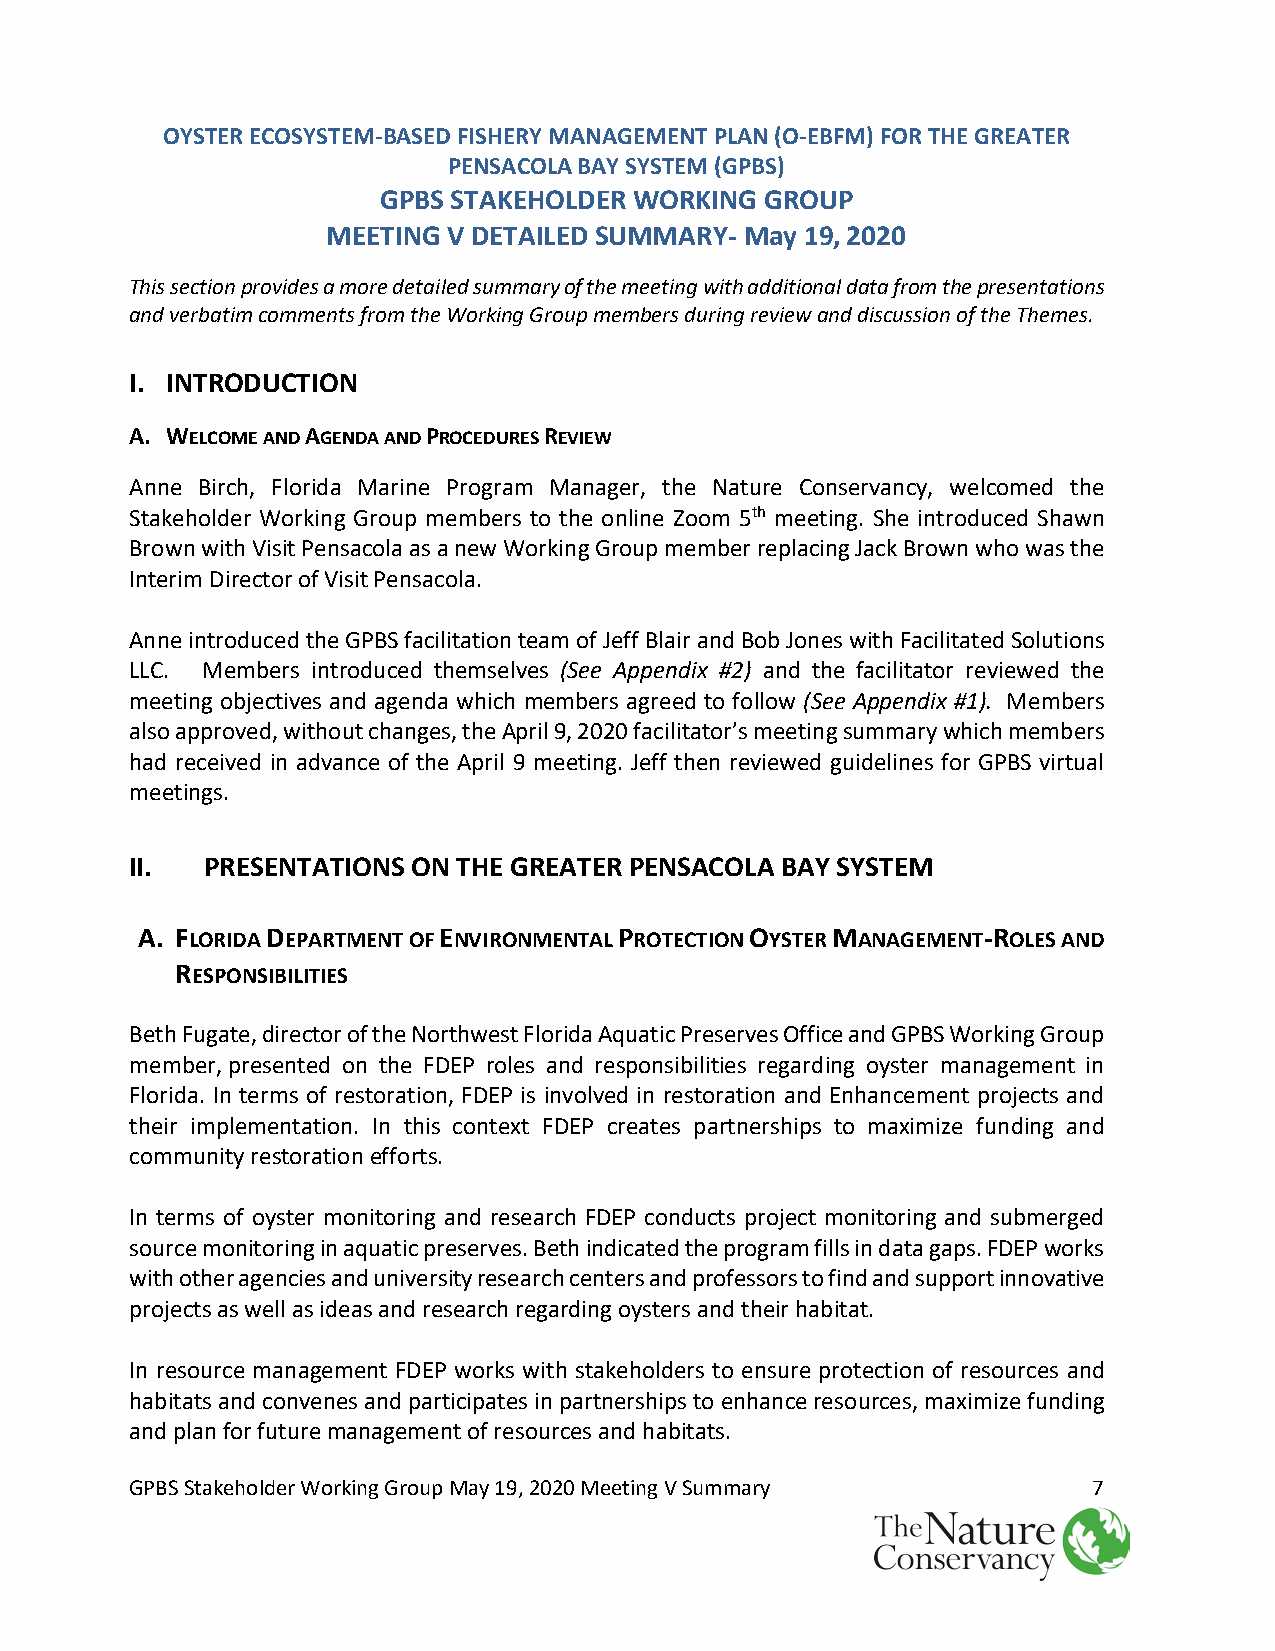
OYSTER ECOSYSTEM-BASED FISHERY MANAGEMENT PLAN (O-EBFM) FOR THE GREATER
 PENSACOLA BAY SYSTEM (GPBS)
 GPBS STAKEHOLDER WORKING  GROUP
 MEETING V DETAILED SUMMARY- May 19, 2020
 This section provides a more detailed summary of the meeting with additional data from the presentations
 and verbatim comments from the Working Group members during review and discussion of the Themes.
 I. INTRODUCTION
 A. WELCOME AND AGENDA AND PROCEDURES REVIEW
 Anne Birch, Florida Marine Program Manager, the Nature Conservancy, welcomed the
 Stakeholder Working Group members to the online Zoom 5th meeting. She introduced Shawn
 Brown with Visit Pensacola as a new Working Group member replacing Jack Brown who was the
 Interim Director of Visit Pensacola.
 Anne introduced the GPBS facilitation team of Jeff Blair and Bob Jones with Facilitated Solutions
 LLC. Members introduced themselves (See Appendix #2) and the facilitator reviewed the
 meeting objectives and agenda which members agreed to follow (See Appendix #1). Members
 also approved, without changes, the April 9, 2020 facilitator’s meeting summary which members
 had received in advance of the April 9 meeting. Jeff then reviewed guidelines for GPBS virtual
 meetings.
 II.  PRESENTATIONS ON THE GREATER PENSACOLA BAY SYSTEM
 A. FLORIDA DEPARTMENT OF ENVIRONMENTAL PROTECTION OYSTER MANAGEMENT-ROLES AND
 RESPONSIBILITIES
 Beth Fugate, director of the Northwest Florida Aquatic Preserves Office and GPBS Working Group
 member, presented on the FDEP roles and responsibilities regarding oyster management in
 Florida. In terms of restoration, FDEP is involved in restoration and Enhancement projects and
 their implementation. In this context FDEP creates partnerships to maximize funding and
 community restoration efforts.
 In terms of oyster monitoring and research FDEP conducts project monitoring and submerged
 source monitoring in aquatic preserves. Beth indicated the program fills in data gaps. FDEP works
 with other agencies and university research centers and professors to find and support innovative
 projects as well as ideas and research regarding oysters and their habitat.
 In resource management FDEP works with stakeholders to ensure protection of resources and
 habitats and convenes and participates in partnerships to enhance resources, maximize funding
 and plan for future management of resources and habitats.
 GPBS Stakeholder Working Group May 19, 2020 Meeting V Summary  7